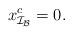
LaTeX: \begin{align*}x_{\mathcal I_{\mathcal B}}^c & =0. \end{align*}